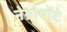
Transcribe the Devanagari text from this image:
नेग्रोपोंटे